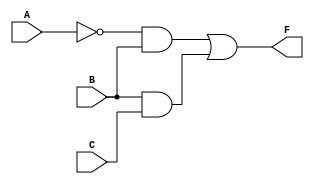
module lab_002_partb_soln (
  input A,
  input B,
  input C,
  output F
);

  /* put your variable declarations here */
  wire w1, w2, w3;

  /* put your gate instances here */
  not U1 ( w1, A );
  and U2 ( w2, w1, B );
  and U3 ( w3, B, C );
  or U4 ( F, w2, w3 );

endmodule